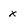
Character: x